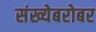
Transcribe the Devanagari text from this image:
संख्येबरोबर